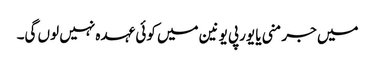
میں جرمنی یا یورپی یونین میں کوئی عہدہ نہیں لوں گی۔